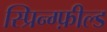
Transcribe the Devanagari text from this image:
स्प्रिन्ग्फ़ील्ड